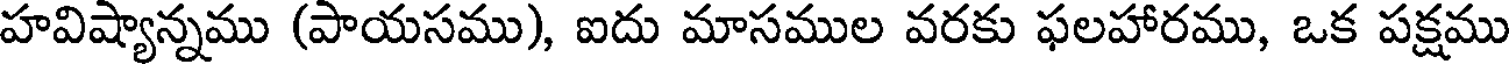
హవిష్యాన్నము (పాయసము), ఐదు మాసముల వరకు ఫలహారము, ఒక పక్షము